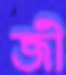
জী